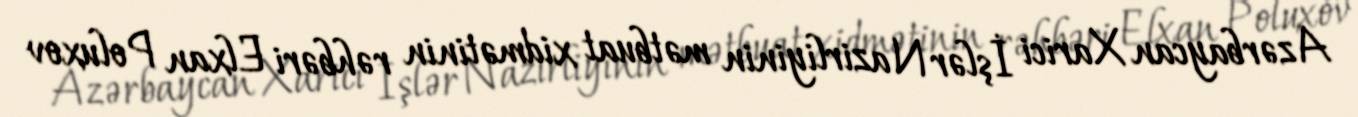
Azərbaycan Xarici İşlər Nazirliyinin mətbuat xidmətinin rəhbəri Elxan Poluxov